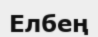
Елбең